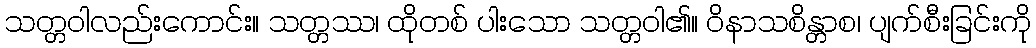
သတ္တဝါလည်းကောင်း။ သတ္တဿ၊ ထိုတစ် ပါးသော သတ္တဝါ၏။ ဝိနာသစိန္တာစ၊ ပျက်စီးခြင်းကို